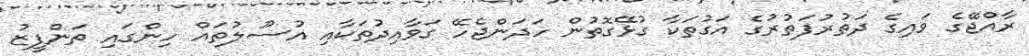
ރާއްޖޭގެ ވައިގެ ދަތުރުފަތުރުގެ އަގުތަކާ ގުޅޭގޮތުން ހަދަންޖެހޭ ގަވާއިދުތަކާއި އުސޫލުތައް ހިންގައި ތަންފީޒު